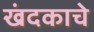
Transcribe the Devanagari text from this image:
खंदकाचे